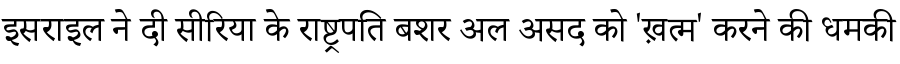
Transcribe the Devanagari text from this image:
इसराइल ने दी सीरिया के राष्ट्रपति बशर अल असद को 'ख़त्म' करने की धमकी